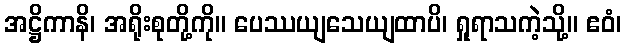
အဋ္ဌိကာနိ၊ အရိုးစုတို့ကို။ ပေဿယျသေယျထာပိ၊ ရှုရာသကဲ့သို့။ ဧဝံ၊